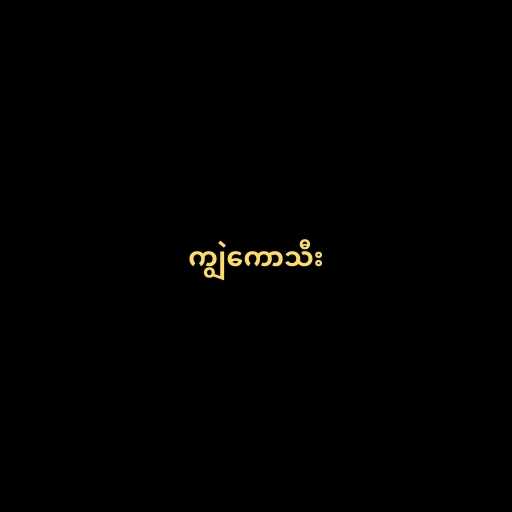
ကျွဲကောသီး